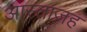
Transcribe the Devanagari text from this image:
आस्ताज़ह